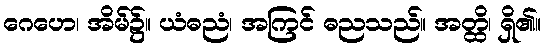
ဂေဟေ၊ အိမ်၌။ ယံဓညံ၊ အကြင် ဓညသည်။ အတ္ထိ၊ ရှိ၏။